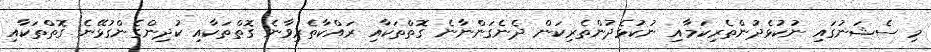
މި ސެޝަނުގައި ނުކުޅެދުންތެރިކަމާއި ނުކުޅެދުންތެރިކަން ދެނެގަންނާނެ ގޮތްތަކާއި ރައްކާތެރިވާނެ ގޮތްތަކާއި ކުދިންގެންގުޅޭނެ ގޮތްތަކާއި